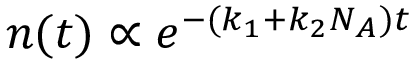
n ( t ) \propto e ^ { - ( k _ { 1 } + k _ { 2 } N _ { A } ) t }